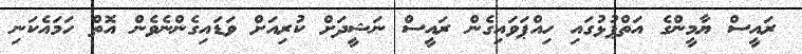
ރައީސް ޔާމީންގެ އަތްޕުޅުގައި ހިއްޕަވައިގެން ރައީސް ނަޝީދަށް ކުރިއަށް ވަޑައިގެންނެވެން އޮތް ހަމައެކަނި